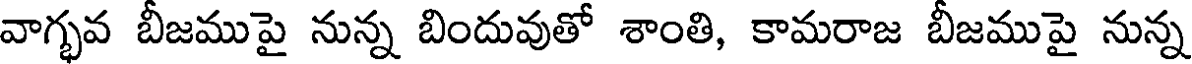
వాగ్భవ బీజముపై నున్న బిందువుతో శాంతి, కామరాజ బీజముపై నున్న